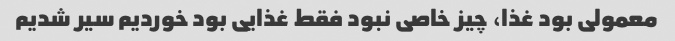
معمولی بود غذا، چیز خاصی نبود فقط غذایی بود خوردیم سیر شدیم